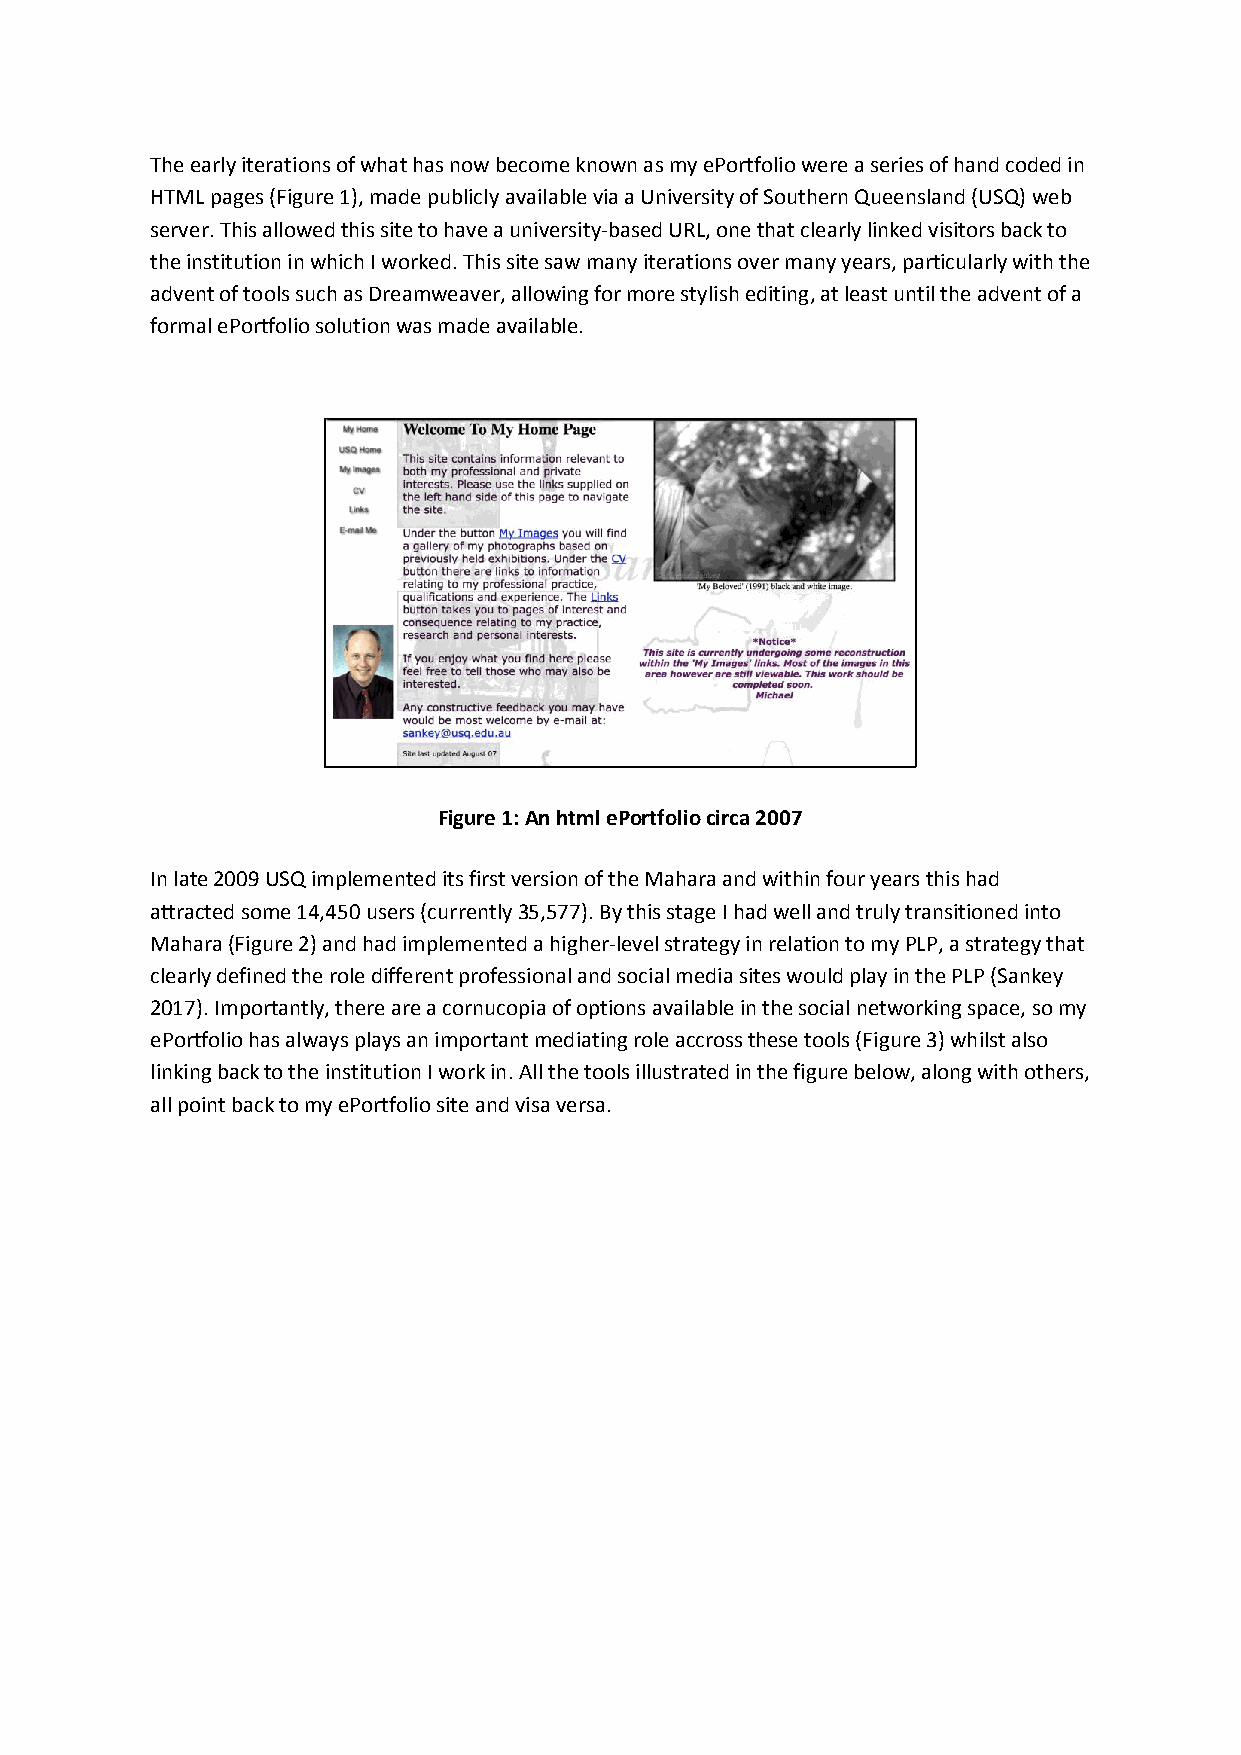
The early iterations of what has now become known as my ePortfolio were a series of hand coded in
 HTML pages (Figure 1), made publicly available via a University of Southern Queensland (USQ) web
 server. This allowed this site to have a university-based URL, one that clearly linked visitors back to
 the institution in which I worked. This site saw many iterations over many years, particularly with the
 advent of tools such as Dreamweaver, allowing for more stylish editing, at least until the advent of a
 formal ePortfolio solution was made available.
 Figure 1: An html ePortfolio circa 2007
 In late 2009 USQ implemented its first version of the Mahara and within four years this had
 attracted some 14,450 users (currently 35,577). By this stage I had well and truly transitioned into
 Mahara (Figure 2) and had implemented a higher-level strategy in relation to my PLP, a strategy that
 clearly defined the role different professional and social media sites would play in the PLP (Sankey
 2017). Importantly, there are a cornucopia of options available in the social networking space, so my
 ePortfolio has always plays an important mediating role accross these tools (Figure 3) whilst also
 linking back to the institution I work in. All the tools illustrated in the figure below, along with others,
 all point back to my ePortfolio site and visa versa.